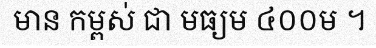
មាន កម្ពស់ ជា មធ្យម ៤០០ម ។